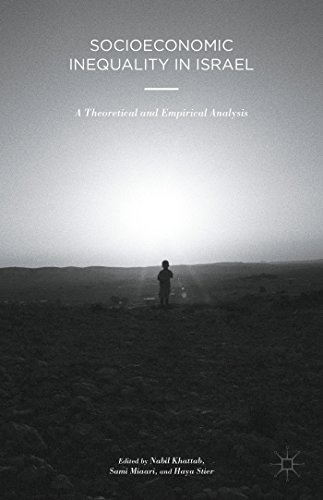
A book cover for Socioeconomic Inequality in Israel: A Theoretical and Empirical Analysis; Business & Money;